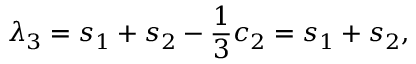
\lambda _ { 3 } = s _ { 1 } + s _ { 2 } - \frac { 1 } { 3 } c _ { 2 } = s _ { 1 } + s _ { 2 } ,